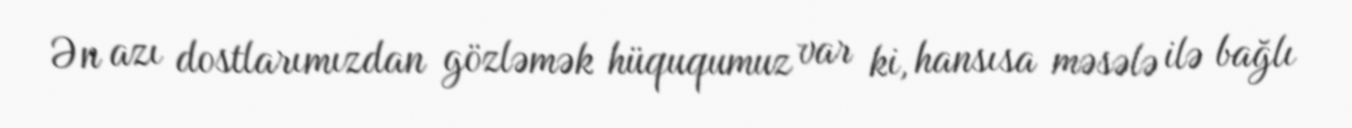
Ən azı dostlarımızdan gözləmək hüququmuz var ki, hansısa məsələ ilə bağlı